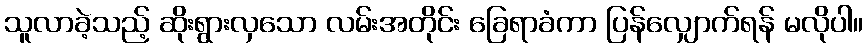
သူလာခဲ့သည့် ဆိုးရွားလှသော လမ်းအတိုင်း ခြေရာခံကာ ပြန်လျှောက်ရန် မလိုပါ။